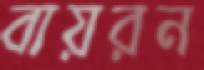
বায়রন